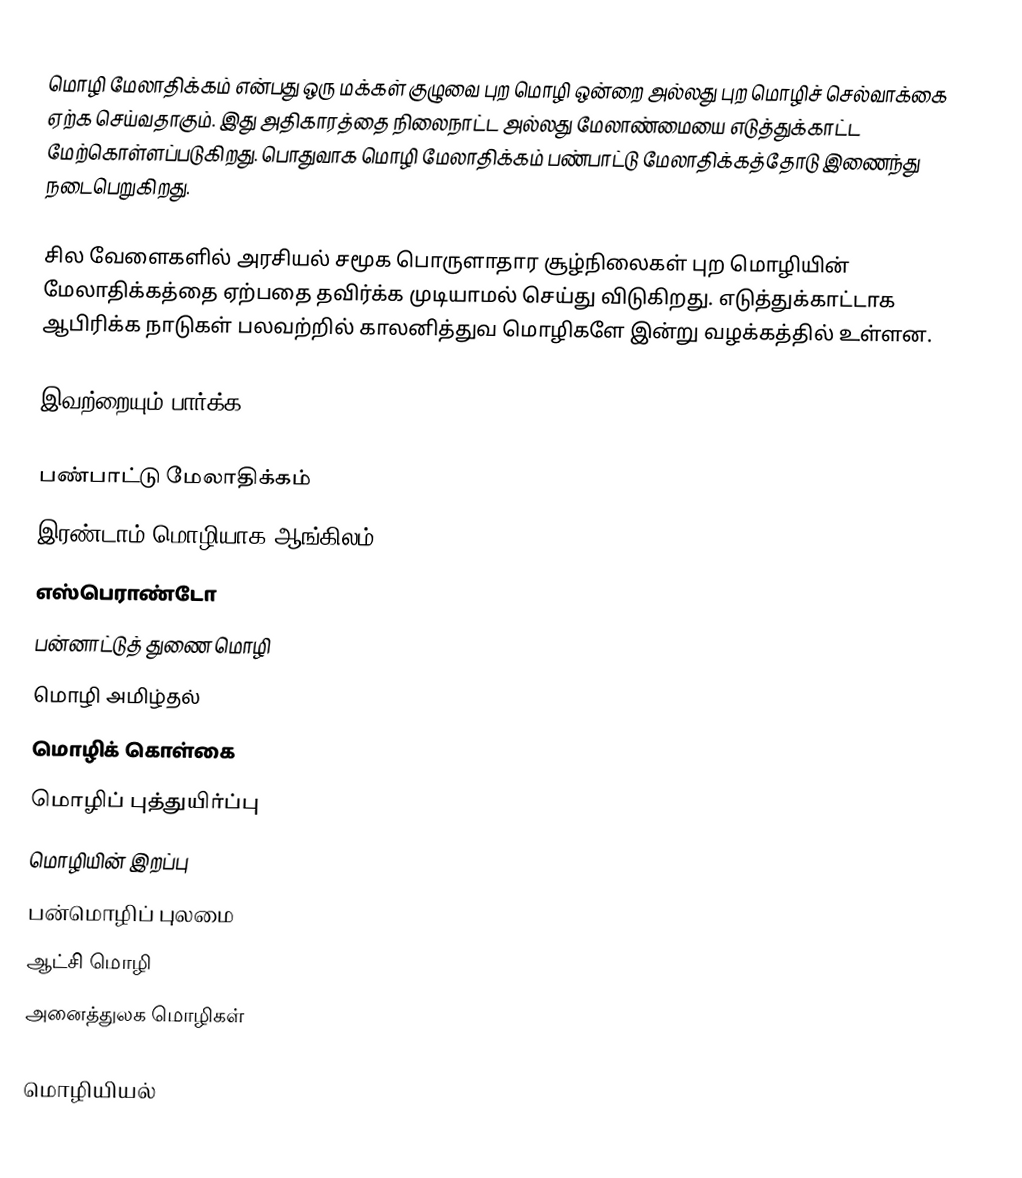
மொழி மேலாதிக்கம் என்பது ஒரு மக்கள் குழுவை புற மொழி ஒன்றை அல்லது புற மொழிச் செல்வாக்கை ஏற்க செய்வதாகும். இது அதிகாரத்தை நிலைநாட்ட அல்லது மேலாண்மையை எடுத்துக்காட்ட மேற்கொள்ளப்படுகிறது. பொதுவாக மொழி மேலாதிக்கம் பண்பாட்டு மேலாதிக்கத்தோடு இணைந்து நடைபெறுகிறது.

சில வேளைகளில் அரசியல் சமூக பொருளாதார சூழ்நிலைகள் புற மொழியின் மேலாதிக்கத்தை ஏற்பதை தவிர்க்க முடியாமல் செய்து விடுகிறது. எடுத்துக்காட்டாக ஆபிரிக்க நாடுகள் பலவற்றில் காலனித்துவ மொழிகளே இன்று வழக்கத்தில் உள்ளன.

இவற்றையும் பார்க்க

 பண்பாட்டு மேலாதிக்கம்
 இரண்டாம் மொழியாக ஆங்கிலம்
 எஸ்பெராண்டோ
 பன்னாட்டுத் துணை மொழி
 மொழி அமிழ்தல்
 மொழிக் கொள்கை
 மொழிப் புத்துயிர்ப்பு
 மொழியின் இறப்பு
 பன்மொழிப் புலமை
 ஆட்சி மொழி
 அனைத்துலக மொழிகள்

மொழியியல்